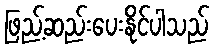
ဖြည့်ဆည်းပေးနိုင်ပါသည်